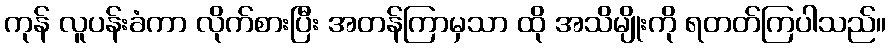
ကုန် လူပန်းခံကာ လိုက်စားပြီး အတန်ကြာမှသာ ထို အသိမျိုးကို ရတတ်ကြပါသည်။